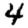
Digit: 4